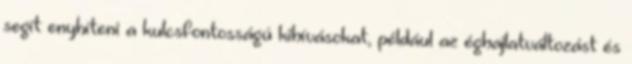
segít enyhíteni a kulcsfontosságú kihívásokat, például az éghajlatváltozást és